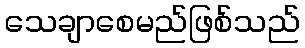
သေချာစေမည်ဖြစ်သည်